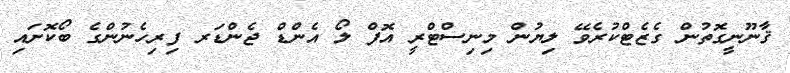
ޤާނޫނީގޮތުން ގެޒެޓްކުރެވޭ ލިޔުން މިނިސްޓްރީ އޮފް ލޯ އެންޑް ޖެންޑަރ ފިރިހެނުންގެ ބޯކޮށައި